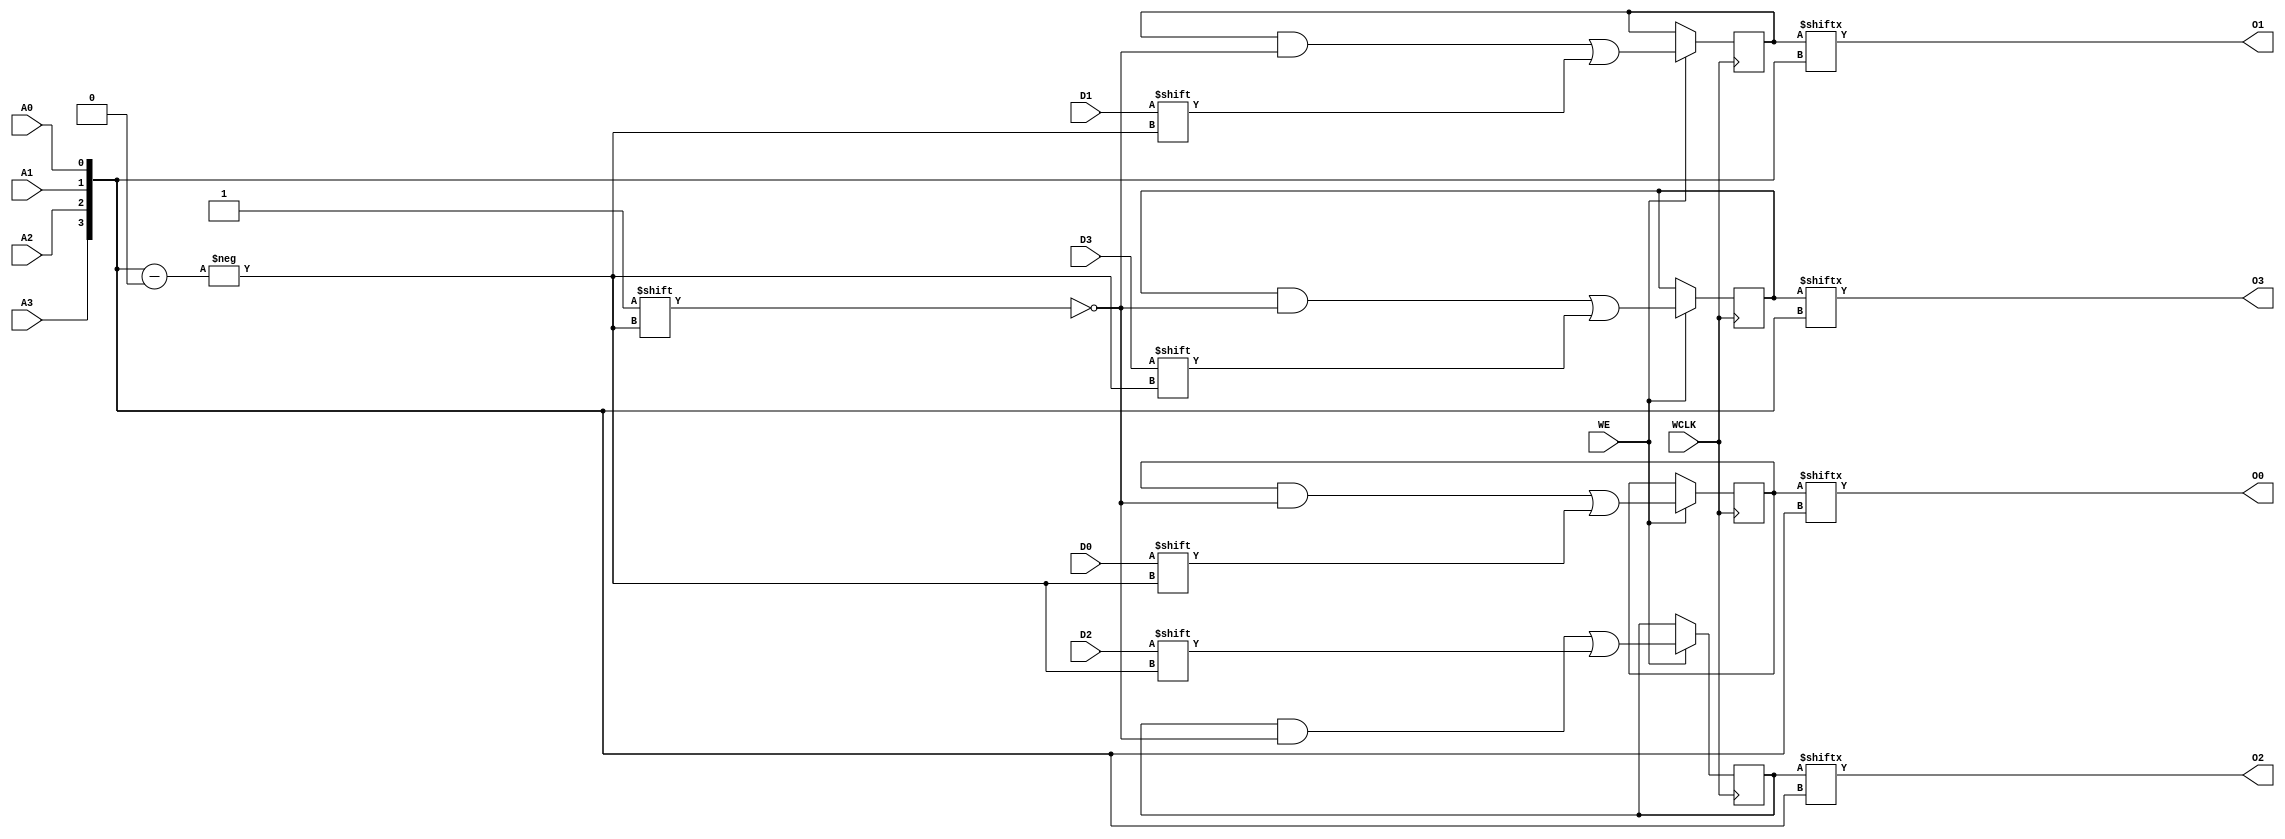
// $Header: /devl/xcs/repo/env/Databases/CAEInterfaces/verunilibs/data/unisims/RAM16X4S.v,v 1.8 2005/03/14 22:32:58 yanx Exp $
///////////////////////////////////////////////////////////////////////////////
// Copyright (c) 1995/2004 Xilinx, Inc.
// All Right Reserved.
///////////////////////////////////////////////////////////////////////////////
//   ____  ____
//  /   /\/   /
// /___/  \  /    Vendor : Xilinx
// \   \   \/     Version : 10.1
//  \   \         Description : Xilinx Functional Simulation Library Component
//  /   /                  Static Synchronous RAM 16-Deep by 4-Wide
// /___/   /\     Filename : RAM16X4S.v
// \   \  /  \    Timestamp : Thu Mar 25 16:43:33 PST 2004
//  \___\/\___\
//
// Revision:
//    03/23/04 - Initial version.
//    02/04/05 - Rev 0.0.1 Remove input/output bufs; Remove for-loop in initial block;
// End Revision

`timescale  1 ps / 1 ps


module RAM16X4S (O0, O1, O2, O3, A0, A1, A2, A3, D0, D1, D2, D3, WCLK, WE);

    parameter INIT_00 = 16'h0000;
    parameter INIT_01 = 16'h0000;
    parameter INIT_02 = 16'h0000;
    parameter INIT_03 = 16'h0000;

    output O0, O1, O2, O3;

    input  A0, A1, A2, A3, D0, D1, D2, D3, WCLK, WE;

    reg  [15:0] mem0;
    reg  [15:0] mem1;
    reg  [15:0] mem2;
    reg  [15:0] mem3;

    wire [3:0] adr;

    assign adr = {A3, A2, A1, A0};
    assign O0 = mem0[adr];
    assign O1 = mem1[adr];
    assign O2 = mem2[adr];
    assign O3 = mem3[adr];

    initial  begin
        mem0 = INIT_00;
        mem1 = INIT_01;
        mem2 = INIT_02;
        mem3 = INIT_03;
    end

    always @(posedge WCLK) 
        if (WE == 1'b1) begin
            mem0[adr] <= #100 D0;
            mem1[adr] <= #100 D1;
            mem2[adr] <= #100 D2;
            mem3[adr] <= #100 D3;
        end

endmodule